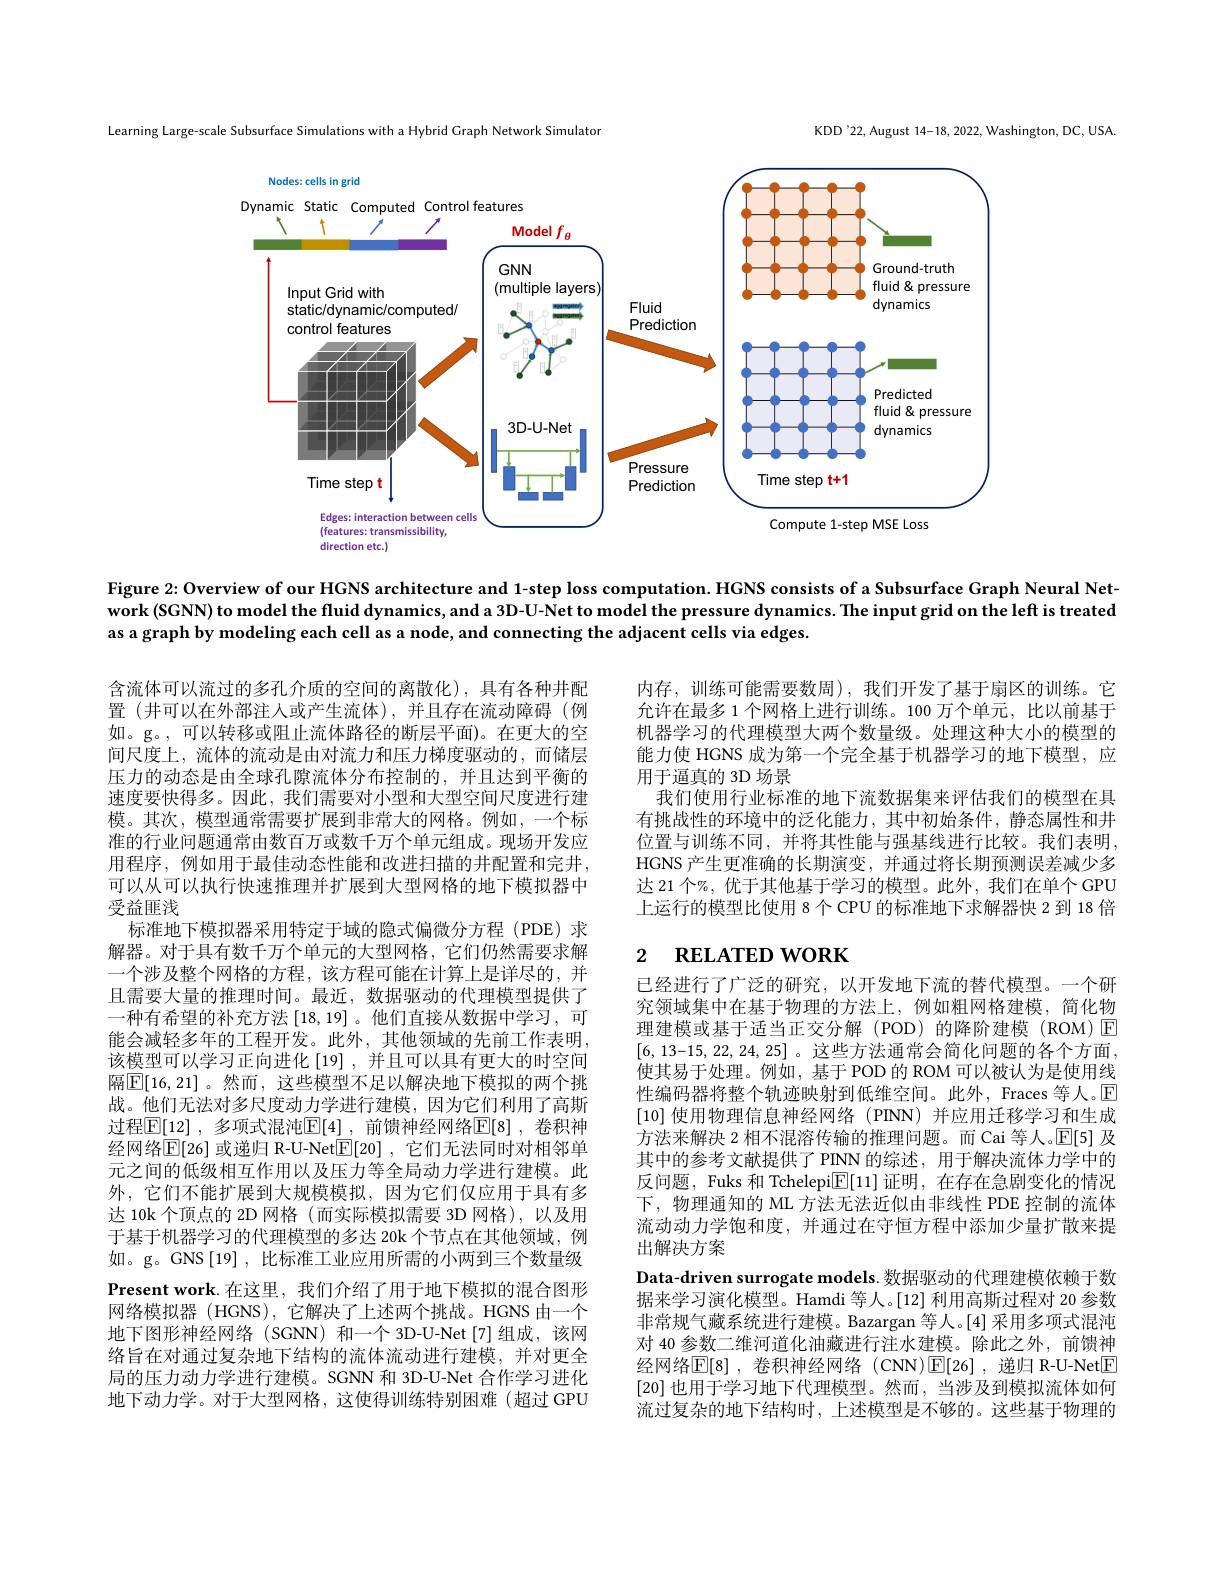
KDD'22, August 14-18, 2022, Washington, DC, USA.

Learning Large-scale Subsurface Simulations with a Hybrid Graph Network Simulator

<FigureHere>

Figure 2: Overview of our HGNS architecture and 1-step loss computation. HGNS consists of a Subsurface Graph Neural Network (SGNN) to model the fluid dynamics, and a 3D-U-Net to model the pressure dynamics. The input grid on the leff is treated as a graph by modeling each cell as a node, and connecting the adjacent cells via edges.

内存，训练可能需要数周),我们开发了基于扇区的训练。它允许在最多 1 个网格上进行训练。100 万个单元，比以前基于机器学习的代理模型大两个数量级。处理这种大小的模型的能力使 HGNS 成为第一个完全基于机器学习的地下模型，应用于逼真的 3D 场景
我们使用行业标准的地下流数据集来评估我们的模型在具有挑战性的环境中的泛化能力，其中初始条件，静态属性和井位置与训练不同，并将其性能与强基线进行比较。我们表明， HGNS 产生更准确的长期演变，并通过将长期预测误差减少多达 21 个%, 优于其他基于学习的模型。此外，我们在单个 GPU 上运行的模型比使用 8 个 CPU 的标准地下求解器快 2 到 18 倍

## 2 $\textbf{RELATED WORK}$

含流体可以流过的多孔介质的空间的离散化),具有各种井配置 (井可以在外部注人或产生流体),并且存在流动障碍 (例如。g。,可以转移或阻止流体路径的断层平面)。在更大的空间尺度上，流体的流动是由对流力和压力梯度驱动的，而储层压力的动态是由全球孔隙流体分布控制的，并且达到平衡的速度要快得多。因此，我们需要对小型和大型空间尺度进行建模。其次，模型通常需要扩展到非常大的网格。例如，一个标准的行业问题通常由数百万或数千万个单元组成。现场开发应用程序，例如用于最佳动态性能和改进扫描的井配置和完井， 可以从可以执行快速推理并扩展到大型网格的地下模拟器中受益匪浅
标准地下模拟器采用特定于域的隐式偏微分方程(PDE)求解器。对于具有数千万个单元的大型网格，它们仍然需要求解一个涉及整个网格的方程，该方程可能在计算上是详尽的，并且需要大量的推理时间。最近，数据驱动的代理模型提供了一种有希望的补充方法[18,19] 。他们直接从数据中学习，可能会减轻多年的工程开发。此外，其他领域的先前工作表明， 该模型可以学习正向进化[19],并且可以具有更大的时空间隔$\boxed{\mathbb{E}}[16,21]$。然而，这些模型不足以解决地下模拟的两个挑战。他们无法对多尺度动力学进行建模，因为它们利用了高斯过程$\mathbb{E}[12]$, 多项式混沌$\mathbb{E}[4]$, 前馈神经网络$\mathbb{E}[8]$, 卷积神经网络$\mathbb{E}[26]$ 或递归 R-U-Net$\mathbb{E}[20]$ ,它们无法同时对相邻单元之间的低级相互作用以及压力等全局动力学进行建模。此外，它们不能扩展到大规模模拟，因为它们仅应用于具有多达 10k 个顶点的 2D 网格(而实际模拟需要 3D 网格),以及用于基于机器学习的代理模型的多达 20k 个节点在其他领域，例如。g。GNS[19] ,比标准工业应用所需的小两到三个数量级Present work.在这里，我们介绍了用于地下模拟的混合图形网络模拟器(HGNS),它解决了上述两个挑战。HGNS 由一个地下图形神经网络(SGNN) 和一个 3D-U-Net[7]组成，该网络旨在对通过复杂地下结构的流体流动进行建模，并对更全局的压力动力学进行建模。SGNN 和 3D-U-Net 合作学习进化地下动力学。对于大型网格，这使得训练特别困难(超过GPU

已经进行了广泛的研究，以开发地下流的替代模型。一个研究领域集中在基于物理的方法上，例如粗网格建模，简化物理建模或基于适当正交分解(POD)的降阶建模(ROM)E [6,13-15,22,24,25] 。这些方法通常会简化问题的各个方面， 使其易于处理。例如，基于POD 的 ROM 可以被认为是使用线性编码器将整个轨迹映射到低维空间。此外，Fraces 等人。$\overline{\mathrm{E}}$ [10]使用物理信息神经网络 (PINN)并应用迁移学习和生成方法来解决 2 相不混溶传输的推理问题。而 Cai 等人。$\mathbb{E}[5]$及其中的参考文献提供了 PINN 的综述，用于解决流体力学中的反问题，Fuks 和 Tchelepi$\boxed{\mathbb{E}}[11]$证明，在存在急剧变化的情况下，物理通知的 ML 方法无法近似由非线性 PDE 控制的流体流动动力学饱和度，并通过在守恒方程中添加少量扩散来提出解决方案
Data-driven surrogate models. 数据驱动的代理建模依赖于数据来学习演化模型。Hamdi 等人。[12]利用高斯过程对 20 参数非常规气藏系统进行建模。Bazargan 等人。[4] 采用多项式混沌对 40 参数二维河道化油藏进行注水建模。除此之外，前馈神经网络$\mathbb{E}[8]$ ,卷积神经网络 (CNN)$\mathbb{E}[26]$ ,递归 R-U-Net$\boxed{\mathbb{E}}$ [20]也用于学习地下代理模型。然而，当涉及到模拟流体如何流过复杂的地下结构时，上述模型是不够的。这些基于物理的